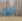
انه